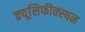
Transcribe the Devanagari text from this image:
क्र्यूसिफीक्स्षन